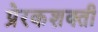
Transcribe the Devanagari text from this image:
प्रेरकशक्ती